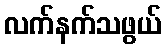
လက်နက်သဖွယ်